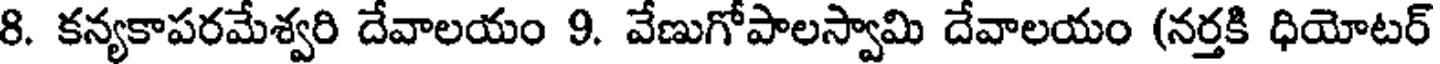
8. కన్యకాపరమేశ్వరి దేవాలయం 9. వేణుగోపాలస్వామి దేవాలయం (నర్తకి ధియోటర్